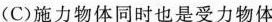
(C)施力物体同时也是受力物体